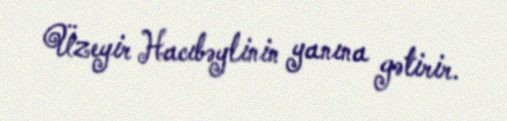
Üzeyir Hacıbəylinin yanına gətirir.